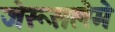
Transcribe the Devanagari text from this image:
जेरूसलेमे